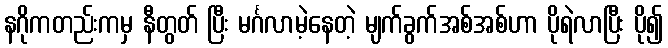
နဂိုကတည်းကမှ နီတွတ် ပြီး မင်္ဂလာမဲ့နေတဲ့ မျက်ခွက်အစ်အစ်ဟာ ပိုရဲလာပြီး ပို၍